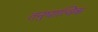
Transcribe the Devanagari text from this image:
तनुघात्विक